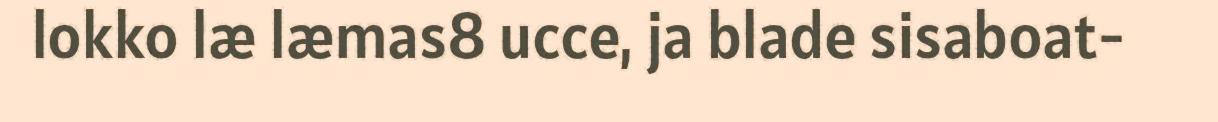
lokko læ læmas8 ucce, ja blade sisaboat-